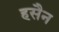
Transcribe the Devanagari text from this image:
हसैन